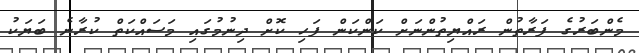
މެންބަރުގެ ފަރާތުން ރައްޔިތުންނަށް ކަންކަން ފަހި ކޮށް ދިނުމުގައި މަސައްކަތް ކުރާނެ ބަޔަކު